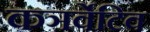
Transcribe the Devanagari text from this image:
कञर्वेटिव